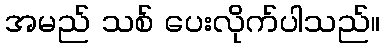
အမည် သစ် ပေးလိုက်ပါသည်။